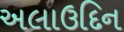
અલાઉદિન